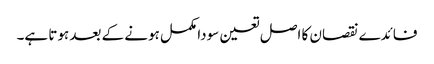
فائدے نقصان کا اصل تعین سودا مکمل ہونے کے بعد ہوتا ہے۔